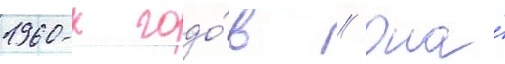
1960-х годо́в // Она́